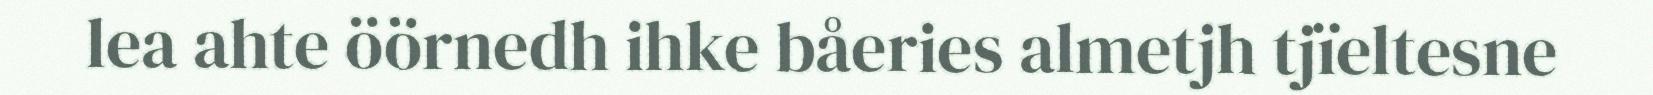
lea ahte öörnedh ihke båeries almetjh tjïeltesne